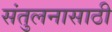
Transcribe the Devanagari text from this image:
संतुलनासाठी